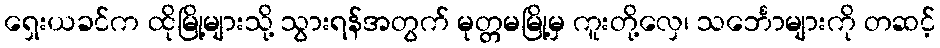
ရှေးယခင်က ထိုမြို့များသို့ သွားရန်အတွက် မုတ္တမမြို့မှ ကူးတို့လှေ၊ သင်္ဘောများကို တဆင့်